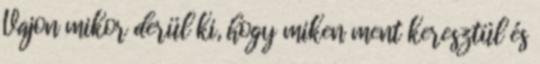
Vajon mikor derül ki, hogy miken ment keresztül és